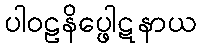
ပါဝဠနိပ္ဖေါဋနာယ